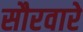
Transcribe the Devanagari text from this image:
सौरवारे